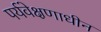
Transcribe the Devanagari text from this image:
पर्यवेक्षणाधीन